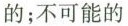
的；不可能的